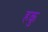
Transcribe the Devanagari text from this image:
हकु